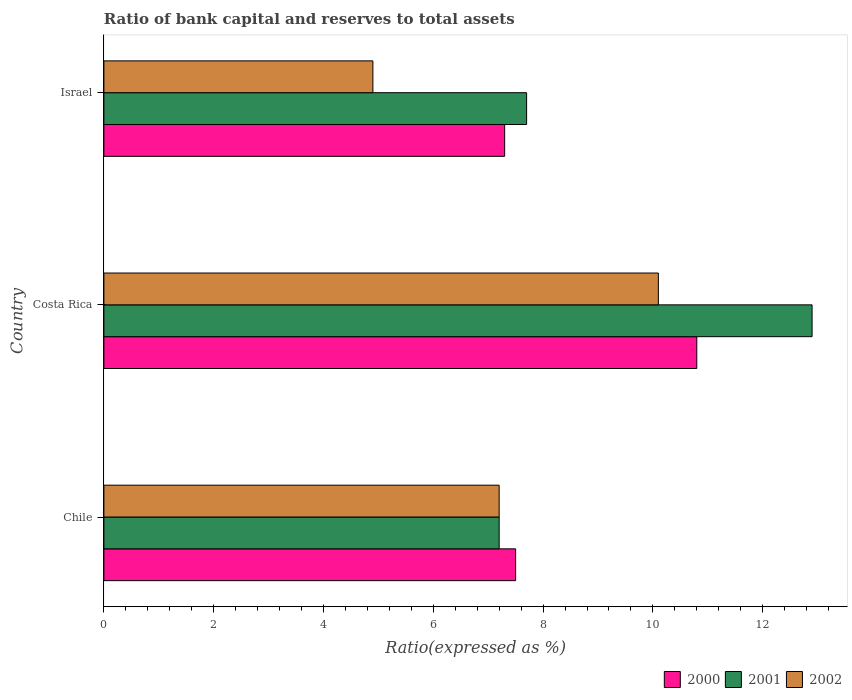
| Country | 2000 | 2001 | 2002 |
 | --- | --- | --- | --- |
 | Chile | 7.5 | 7.2 | 7.2 |
 | Costa Rica | 10.8 | 12.9 | 10.1 |
 | Israel | 7.3 | 7.7 | 4.9 |